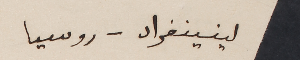
لينينغراد – روسيا